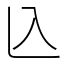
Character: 兦